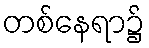
တစ်နေရာ၌